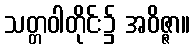
သတ္တဝါတိုင်း၌ အဝိဇ္ဇာ။